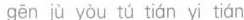
gēn jù yòu tú tián yi tián